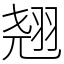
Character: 翘